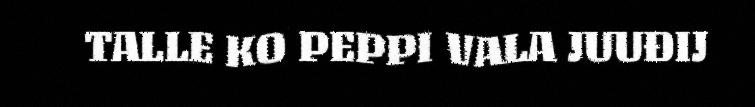
TALLE KO PEPPI VALA JUUĐIJ